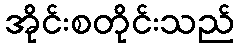
အိုင်းစတိုင်းသည်